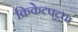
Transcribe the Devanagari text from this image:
क्रिकेटपटूचा